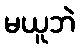
မယူဘဲ